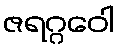
ဇရဂ္ဂဝေါ